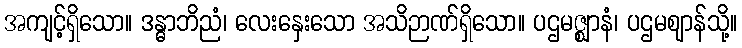
အကျင့်ရှိသော။ ဒန္ဓာဘိညံ၊ လေးနှေးသော အသိဉာဏ်ရှိသော။ ပဌမဇ္ဈာနံ၊ ပဌမဈာန်သို့။